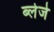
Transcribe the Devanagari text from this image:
ब्लेजे